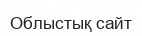
Облыстық сайт